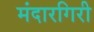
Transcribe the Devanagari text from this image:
मंदारगिरी